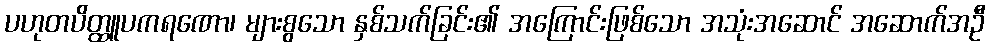
ပဟုတပိတ္ထူပကရဏော၊ များစွသော နှစ်သက်ခြင်း၏ အကြောင်းဖြစ်သော အသုံးအဆောင် အဆောက်အဦ